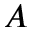
A